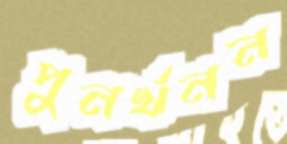
পুনর্খনন